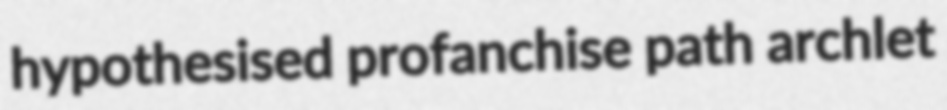
hypothesised profanchise path archlet